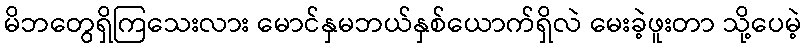
မိဘတွေရှိကြသေးလား မောင်နှမဘယ်နှစ်ယောက်ရှိလဲ မေးခဲ့ဖူးတာ သို့ပေမဲ့